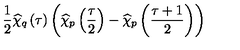
\frac { 1 } { 2 } \widehat { \chi } _ { q } \left( \tau \right) \left( \widehat { \chi } _ { p } \left( \frac { \tau } { 2 } \right) - \widehat { \chi } _ { p } \left( \frac { \tau + 1 } { 2 } \right) \right)